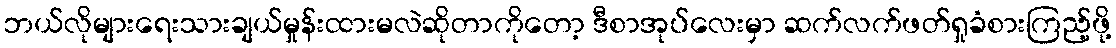
ဘယ်လိုများရေးသားချယ်မှုန်းထားမလဲဆိုတာကိုတော့ ဒီစာအုပ်လေးမှာ ဆက်လက်ဖတ်ရှုခံစားကြည့်ဖို့